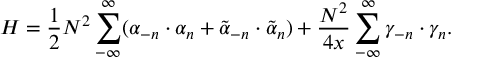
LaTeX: H = \frac { 1 } { 2 } N ^ { 2 } \sum _ { - \infty } ^ { \infty } ( \alpha _ { - n } \cdot \alpha _ { n } + \tilde { \alpha } _ { - n } \cdot \tilde { \alpha } _ { n } ) + \frac { N ^ { 2 } } { 4 x } \sum _ { - \infty } ^ { \infty } \gamma _ { - n } \cdot \gamma _ { n } .